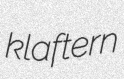
klaftern